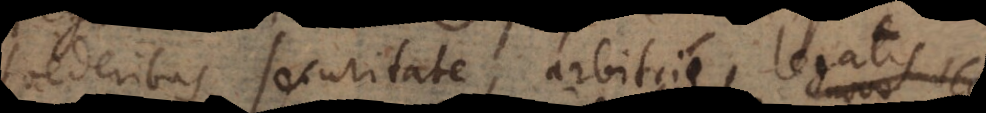
foederibus, securitate, arbitrio, legatis,